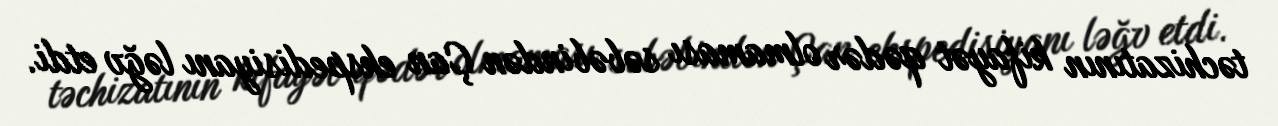
təchizatının kifayət qədər olmaması səbəbindən Çan ekspedisiyanı ləğv etdi.